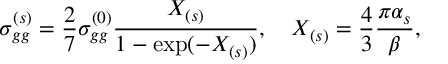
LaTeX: \sigma _ { g g } ^ { ( s ) } = \frac { 2 } { 7 } \sigma _ { g g } ^ { ( 0 ) } \frac { X _ { ( s ) } } { 1 - \exp ( - X _ { ( s ) } ) } , \quad X _ { ( s ) } = \frac { 4 } { 3 } \frac { \pi \alpha _ { s } } { \beta } ,